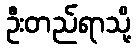
ဦးတည်ရာသို့